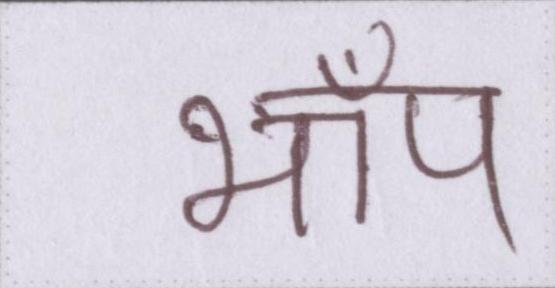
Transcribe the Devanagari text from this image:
भाँप